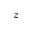
z